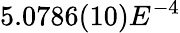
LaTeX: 5.0786(10)E^{-4}